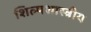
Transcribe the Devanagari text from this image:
शिल्पशास्त्रीय